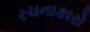
રચનાકારો